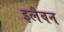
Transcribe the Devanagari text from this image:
इलैवन